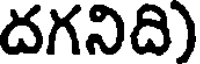
దగనిది)